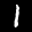
Label: 1